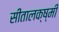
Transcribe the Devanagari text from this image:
सीतालक्ष्मी